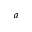
^ { a }